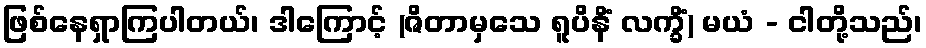
ဖြစ်နေရှာကြပါတယ်၊ ဒါကြောင့် (ဇိတာမှသေ ရူပိနိံ လက္ခိံ) မယံ - ငါတို့သည်၊